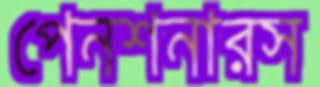
পেনশনারস